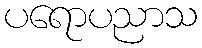
ပရောပညာသ